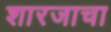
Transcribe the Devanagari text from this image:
शारजाचा